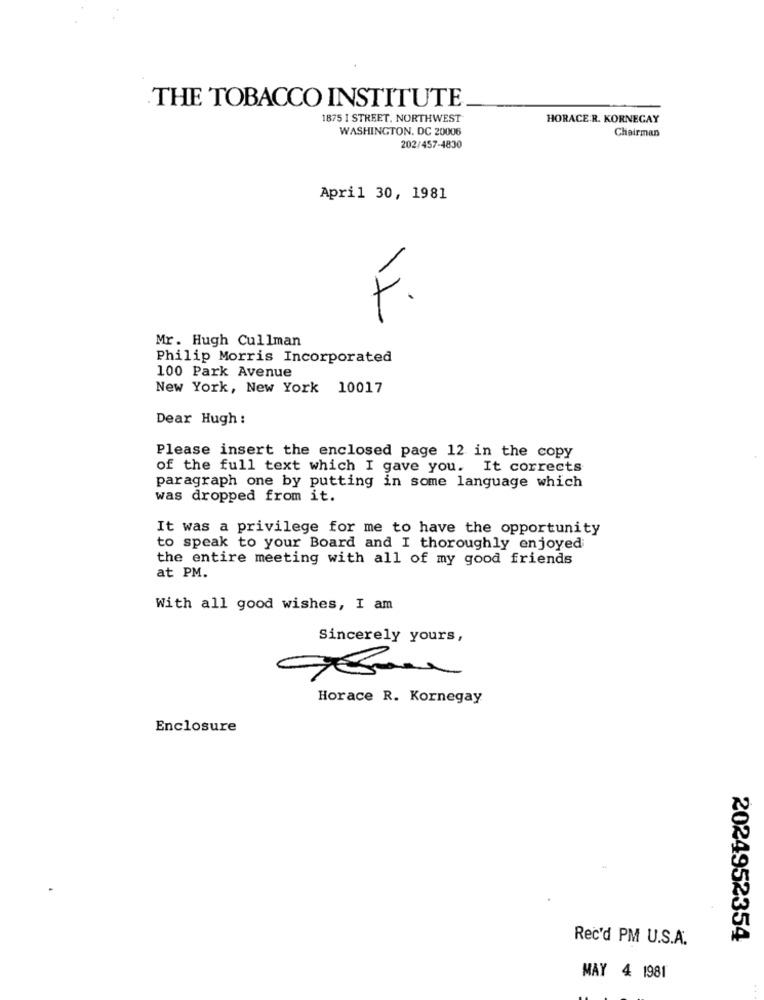
THE TOBACCO INSTITUTE
1875 1 STREET, NORTHWEST
HORACE.R. KORNEGAY
WASHINGTON, DC 20006
Chairman
202/457-4830
April 30, 1981
F.
Mr. Hugh Cullman
Philip Morris Incorporated
100 Park Avenue
New York, New York 10017
Dear Hugh :
Please insert the enclosed page 12 in the copy
of the full text which I gave you. It corrects
paragraph one by putting in some language which
was dropped from it.
It was a privilege for me to have the opportunity
to speak to your Board and I thoroughly enjoyed
the entire meeting with all of my good friends
at PM.
With all good wishes, I am
Sincerely yours,
Horace R. Kornegay
Enclosure
Rec'd PM U.S.A.
2024952354
MAY 4 1981
. .